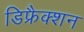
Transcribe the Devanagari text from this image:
डिफ्रैक्शन